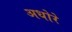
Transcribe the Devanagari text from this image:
अधोरे